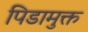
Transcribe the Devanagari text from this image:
पिडामुक्त